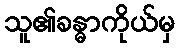
သူ၏ခန္ဓာကိုယ်မှ